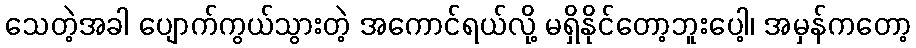
သေတဲ့အခါ ပျောက်ကွယ်သွားတဲ့ အကောင်ရယ်လို့ မရှိနိုင်တော့ဘူးပေါ့၊ အမှန်ကတော့